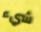
شيء